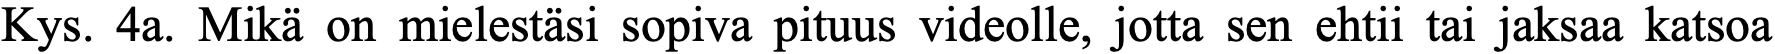
Kys. 4a. Mikä on mielestäsi sopiva pituus videolle, jotta sen ehtii tai jaksaa katsoa